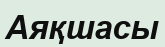
Аяқшасы